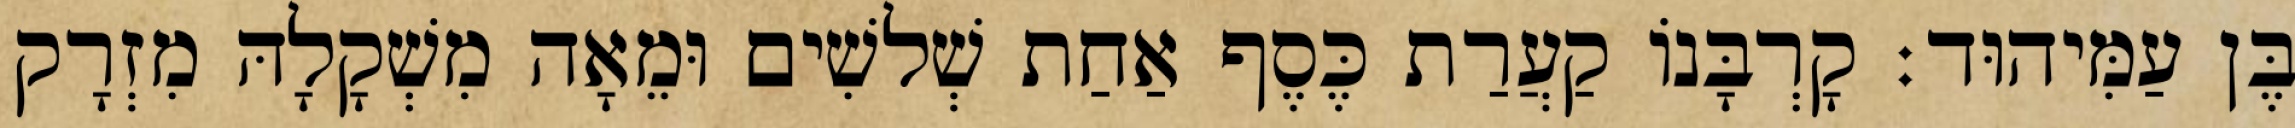
בֶּן עַמִּיהוּד׃ קָרְבָּנוֹ קַעֲרַת כֶּסֶף אַחַת שְׁלשִׁים וּמֵאָה מִשְׁקָלָהּ מִזְרָק